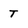
Character: T